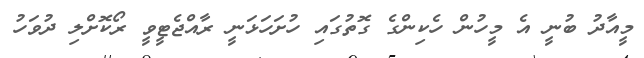
މީއާދު ބުނީ އެ މީހުން ހެކިންގެ ގޮތުގައި ހުށަހަޅަނީ ރާއްޖެޓީވީ ރޯކޮށްލި ދުވަހު